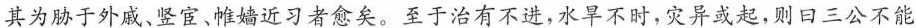
其为胁于外戚。竖宦。帷嫱近习者愈矣。至于治有不进，水早不时，灾异或起，则回三公不能